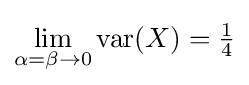
\lim _{\alpha =\beta \to 0}\operatorname {var} (X)={\tfrac {1}{4}}